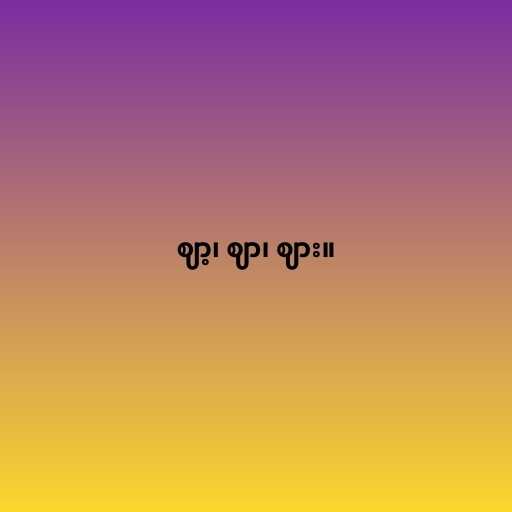
ဈာ့၊ ဈာ၊ ဈား။